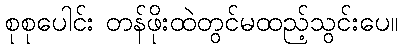
စုစုပေါင်း တန်ဖိုးထဲတွင်မထည့်သွင်းပေ။